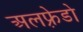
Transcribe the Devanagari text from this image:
अलफ़्रेडो